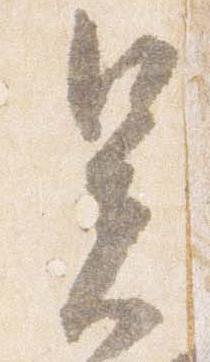
暑